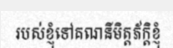
របស់ខ្ញុំទៅគណនីមិត្តភ័ក្តិខ្ញុំ